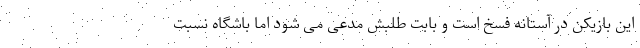
این بازیکن در آستانه فسخ است و بابت طلبش مدعی می شود اما باشگاه نسبت